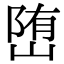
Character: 𡺆